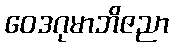
ဝေဒဂုမာဘိဇညာ